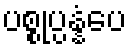
ပစ္စုပ္ပန္နံပေ